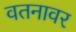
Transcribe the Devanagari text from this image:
वतनावर